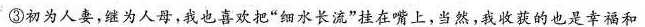
③初为人妻，继为人母，我也喜欢把”细水长流”挂在嘴上，当然，我收获的也是幸福和